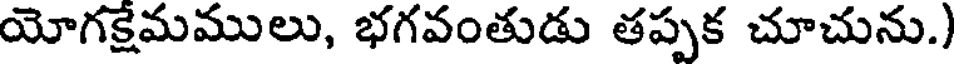
యోగక్షేమములు, భగవంతుడు తప్పక చూచును.)